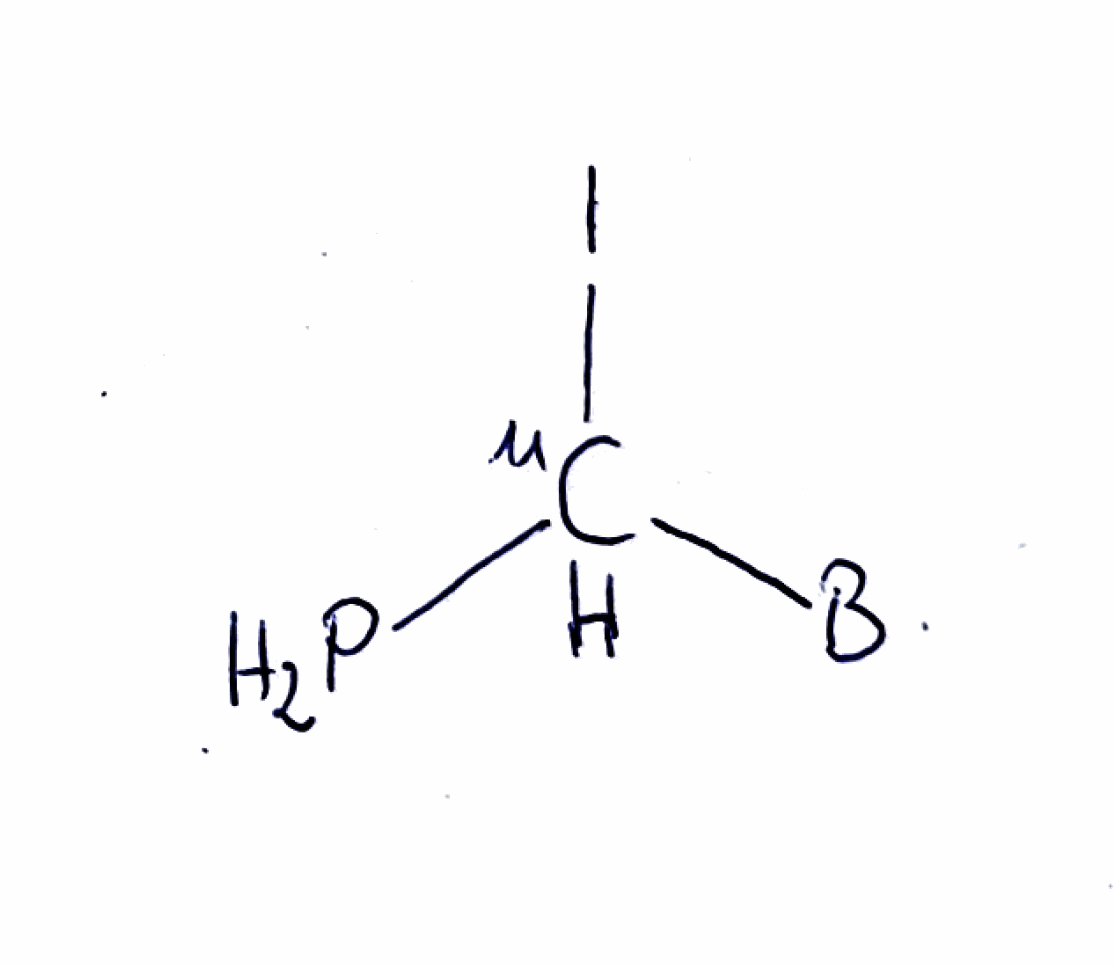
Simplified molecular-input line-entry system (SMILES) notation of the given molecule:
[B][11CH](P)I